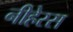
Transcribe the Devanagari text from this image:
नीहेरस